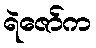
ရဲဇော်က